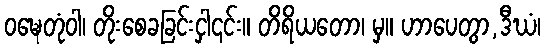
ဝဍ္ဎေတုံဝါ၊ တိုးစေခခြင်းငှါ၎င်း။ တိရိယတော၊ မှ။ ဟာပေတွာ,ဒီဃံ၊